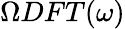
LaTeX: \Omega DFT(\omega)